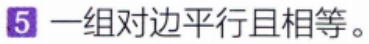
$5$ 一组对边平行且相等。